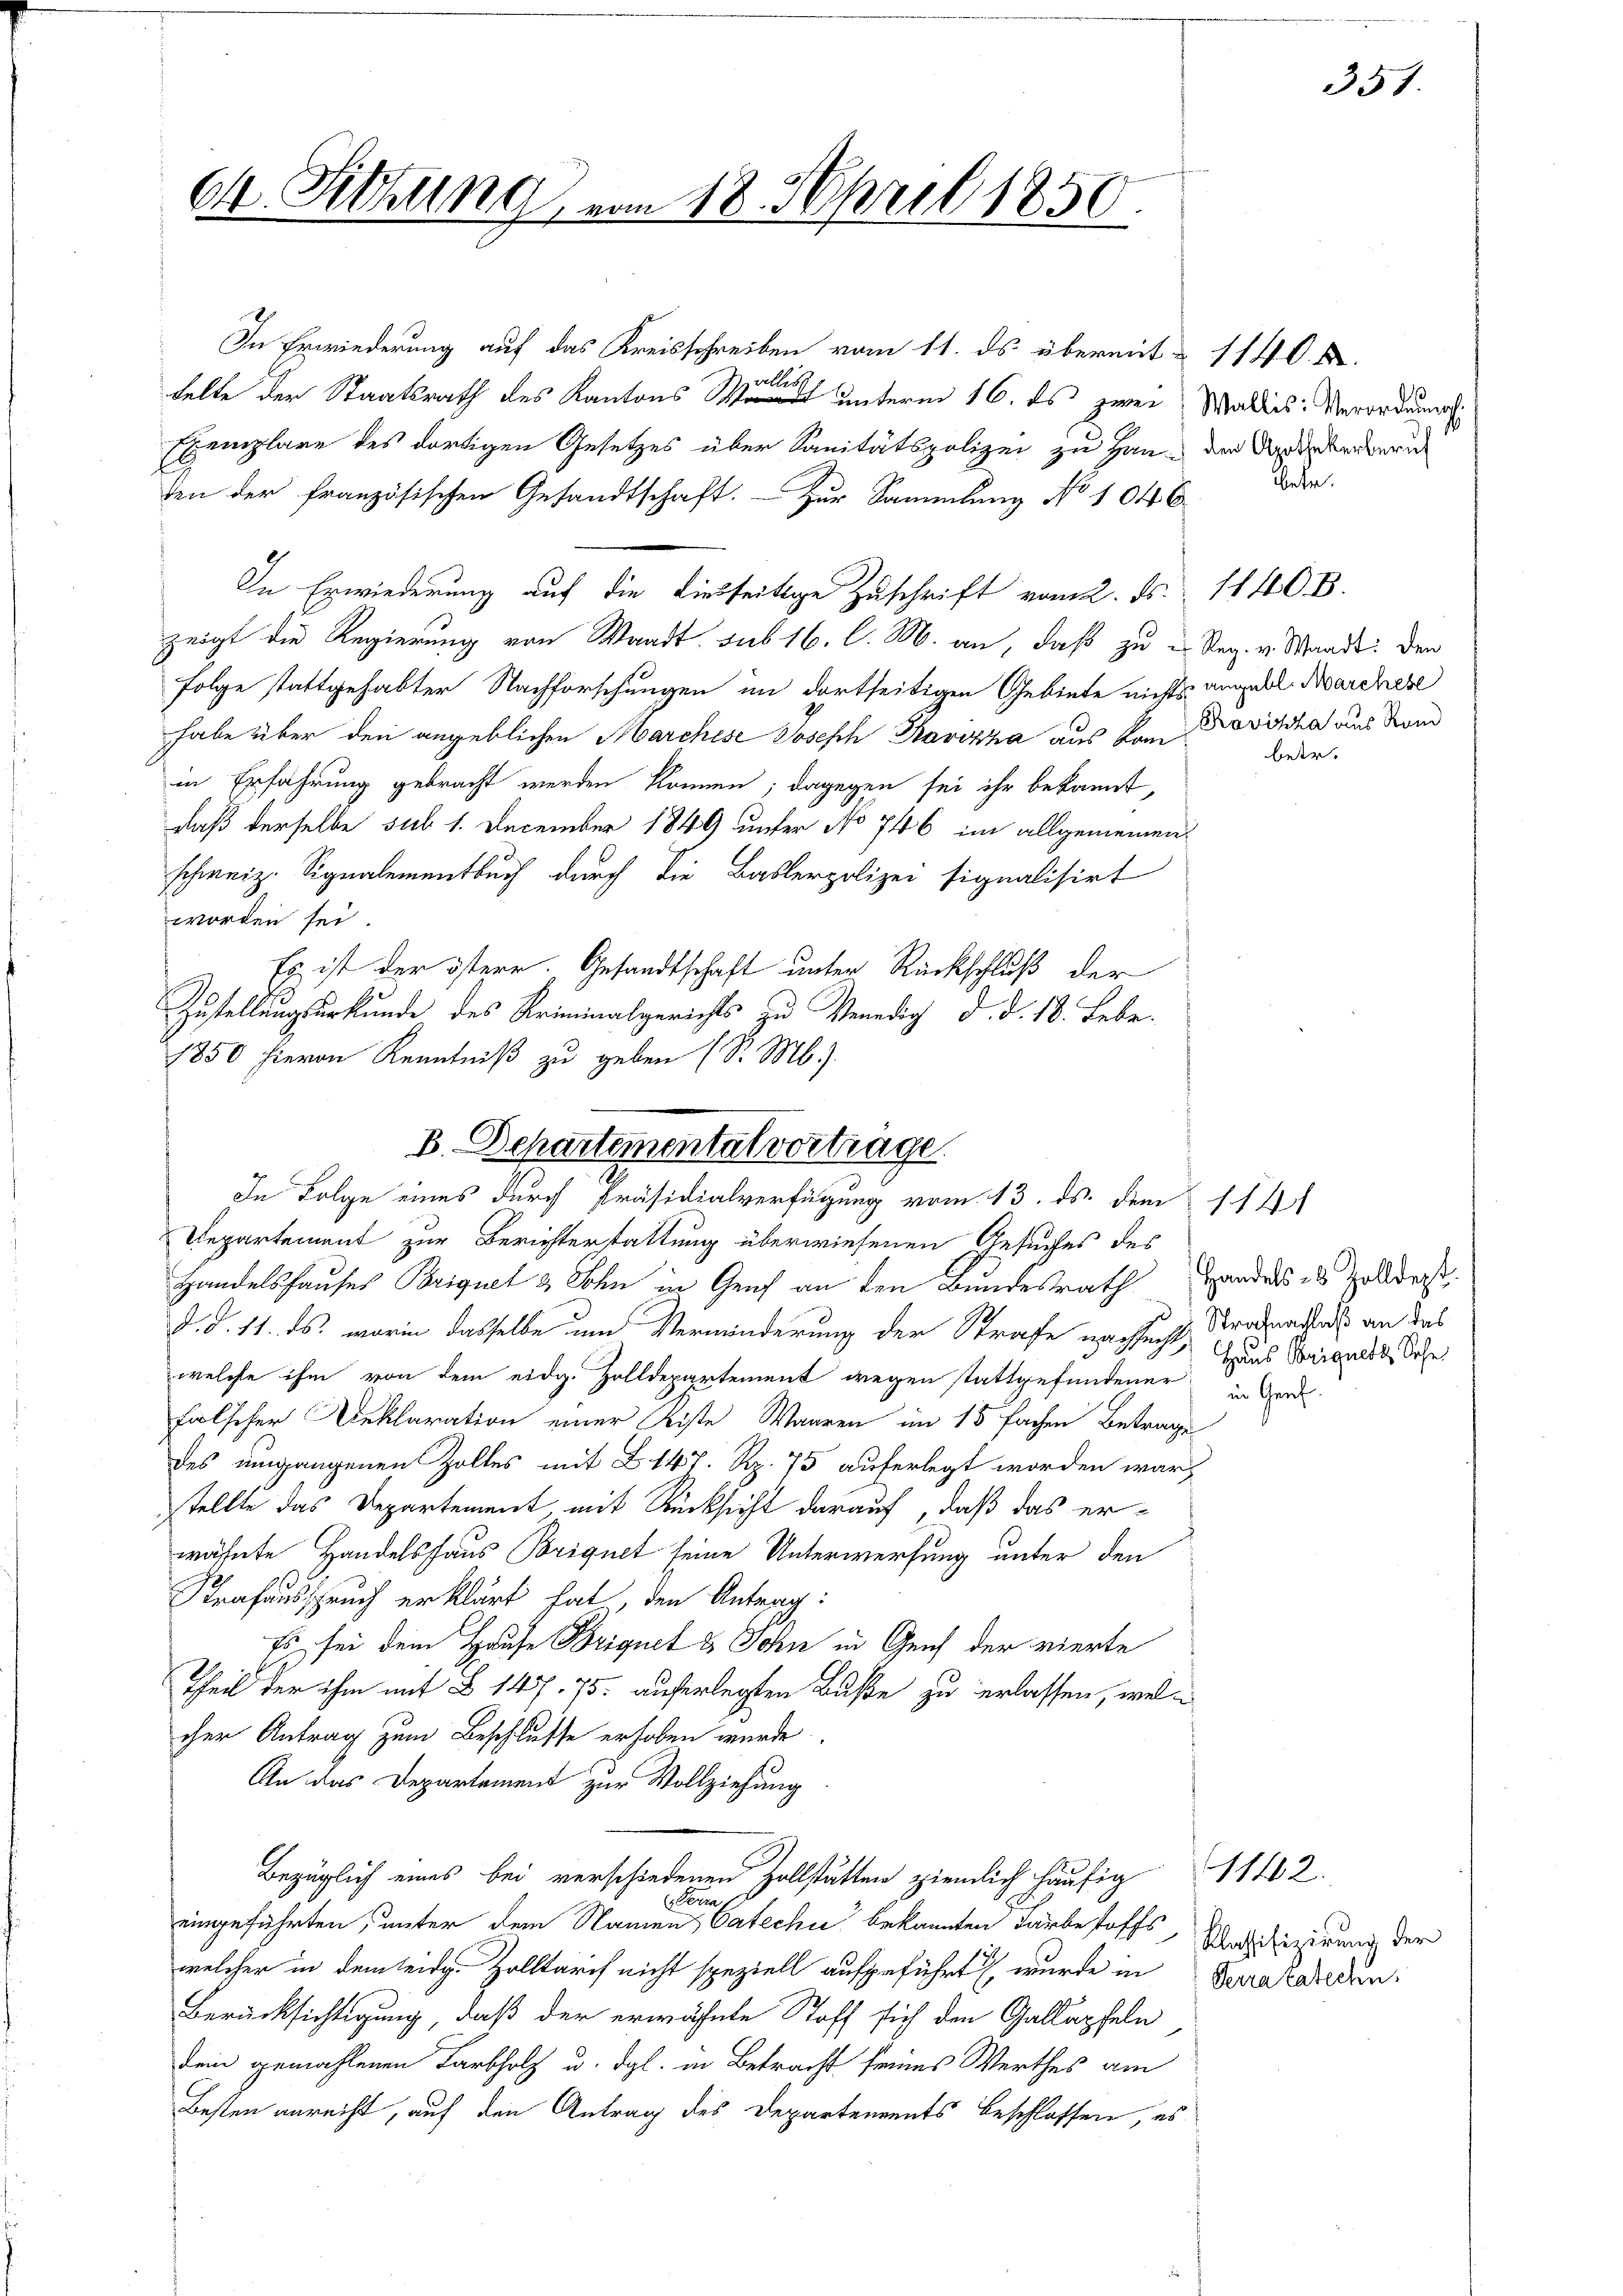
64. Sitzung

In Erwiederung auf das Kreisschreiben vom 11. ds. übermit 1140. X.
telte der Staatsrath des Kantons unterm 16. ds zwei Waldes Verordnung
Exemplare des dortigen Gesetzes über Sanitätspolizei zu Hander Anerkenderun
den der französischen Gesandtschaft. Zur Sammlung No 1046
In Erwiederung auf die Liebseitige Zuschrift vom 2. ds. 1140B.
zeigt die Regierung von Waadt. sub 16. l. M. an, daß zu u. Reg. v. Stande. Den
Folge stattgehabter Nachforschungen im dortseitigen Gebiete nichts angebl. Marchere
habe über den angeblichen Marchese Joseph Kavizza aus kam Proviska aus Rand
in Erfahrung gebracht werden können; dagegen sei ihr bekannt,
daß derselbe sub 1. December 1849 unter No 746 im allgemeinen
schweiz. Signalementbuch durch die Baslerpolizei signalisirt
worden sei.
Es ist der österr. Gesandtschaft unter Rückschluß der
Zustellungsurkunde des Kriminalgerichts zu Venedig d. d. 18. Febr.
1850 hievon Kenntniß zu geben (S. M.)
Departement zur Berichterstattung überwiesenen Gesuches des
Handelshauses Briquet & Sohn in Genf an den Bundesrath Handers in Zolldes
d. d. 11. ds. worin dasselbe um Verminderung der Strafe nachsucht, Brodrachtes an das
welche ihm von dem eidg. Zolldepartement wegen stattgefandener in Gerd
Falscher Reklaration einer Kiste Waaren im 15 fachen Betrage
des umgangenen Zolles mit Z 147. Rp. 75 auferlegt worden war,
stellte das Departement, mit Rücksicht darauf, daß das erwähnte Handelshaus Briquet seine Unterwerfung unter den
Strafausspruch erklärt hat, den Antrag:
Es sei dem Hause Brignet & Sohn in Geich der vierte
Theil der ihm mit § 145. 75. auferlegten Buße zu erlassen, welcher Antrag zum Beschlusse erhoben wurde.
An das Departement zur Vollziehung
Bezüglich eines bei verschiedenen Zollstätten ziemlich häufig
Ferra
eingeführten, unter dem Namen Catechi bekannten Turbestoffs
welcher in dem leidg. Zolltarif nicht speziell aufgeführt, wurde in Krakardin
Berücksichtigung, daß der erwähnte Stoff sich den Gallapfeln
Dein gemahlenen Farbholz u. dgl. in Betracht seines Werthes am
Besten anreiht, auf den Antrag des Departements beschlossen, es

18. April 1850.

B. Separtementalvertrage
In Folge eines durch Präsidialverfügung vom 13. ds. dem 11. 1

Betr.

beer¬

Haus Briguetz, Sohn

Klassifizierung der

11462.

351.